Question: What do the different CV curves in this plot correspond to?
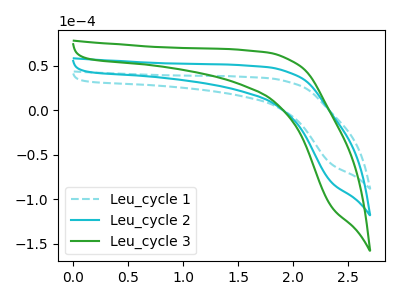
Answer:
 <answer>The cyan dashed curve is labeled "Leu_cycle 1". The cyan curve is labeled "Leu_cycle 2". The green curve is labeled "Leu_cycle 3".</answer>
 <eval></eval>